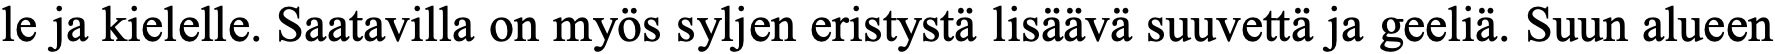
le ja kielelle. Saatavilla on myös syljen eristystä lisäävä suuvettä ja geeliä. Suun alueen